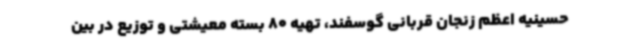
حسینیه اعظم زنجان قربانی گوسفند، تهیه 80 بسته معیشتی و توزیع در بین